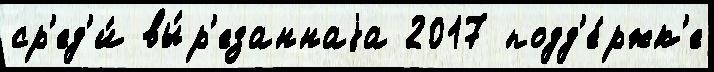
ср'ед'и́ вы́р'езаннаjа 2017 подд'е́ржк'е